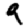
Digit: 9